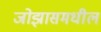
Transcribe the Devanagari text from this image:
जोझासमधील